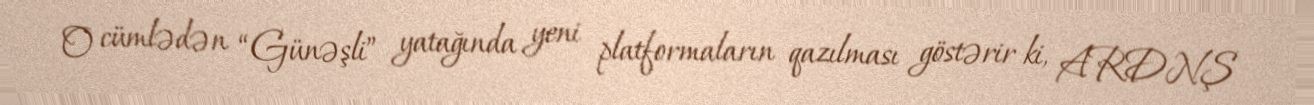
O cümlədən “Günəşli” yatağında yeni platformaların qazılması göstərir ki, ARDNŞ